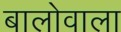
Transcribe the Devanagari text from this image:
बालोवाला